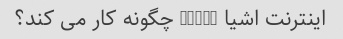
اینترنت اشیا (IoT) چگونه کار می کند؟